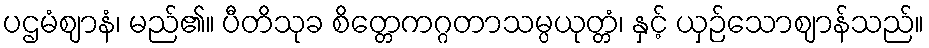
ပဌမံဈာနံ၊ မည်၏။ ပီတိသုခ စိတ္တေကဂ္ဂတာသမ္ပယုတ္တံ၊ နှင့် ယှဉ်သောဈာန်သည်။